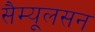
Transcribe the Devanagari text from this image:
सैम्यूलसन